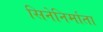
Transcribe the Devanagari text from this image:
सिनेनिर्माता